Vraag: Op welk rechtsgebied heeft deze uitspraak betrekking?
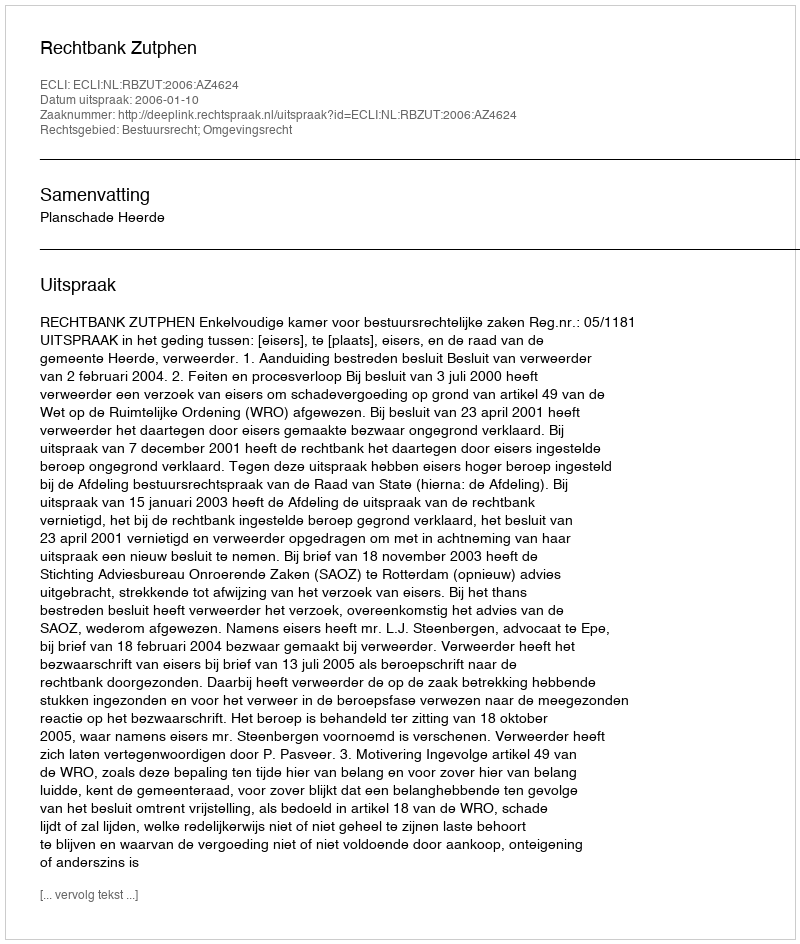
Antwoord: Bestuursrecht; Omgevingsrecht